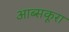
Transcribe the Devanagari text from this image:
आब्सकूरा